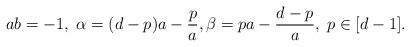
LaTeX: \begin{align*}ab=-1,\;\alpha=(d-p)a -\frac{p}{a}, \beta=pa -\frac{d-p}{a}, \; p\in[d-1].\end{align*}